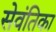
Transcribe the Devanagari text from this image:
सेवंतिका